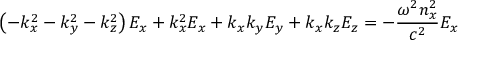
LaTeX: \left( - k _ { x } ^ { 2 } - k _ { y } ^ { 2 } - k _ { z } ^ { 2 } \right) E _ { x } + k _ { x } ^ { 2 } E _ { x } + k _ { x } k _ { y } E _ { y } + k _ { x } k _ { z } E _ { z } = - { \frac { \omega ^ { 2 } n _ { x } ^ { 2 } } { c ^ { 2 } } } E _ { x }